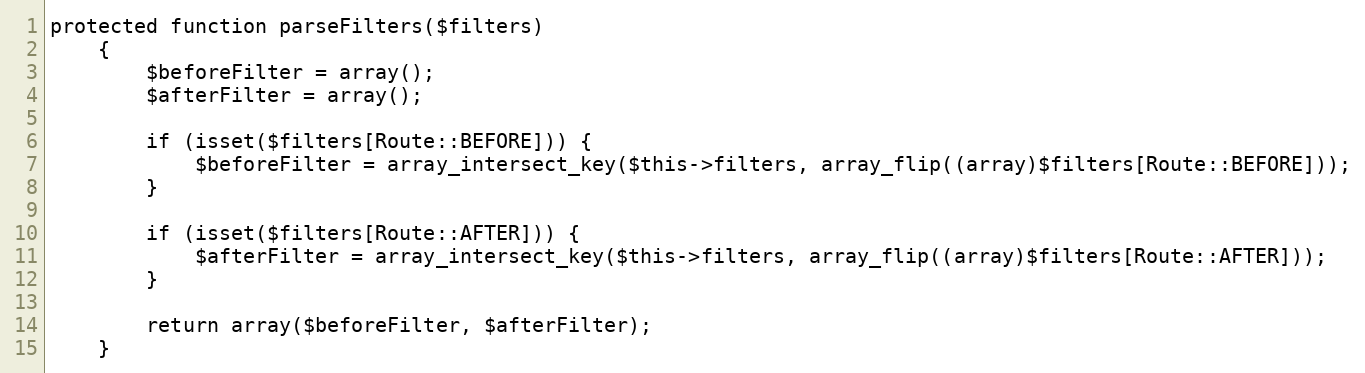
Language: PHP
protected function parseFilters($filters)
    {
        $beforeFilter = array();
        $afterFilter = array();

        if (isset($filters[Route::BEFORE])) {
            $beforeFilter = array_intersect_key($this->filters, array_flip((array)$filters[Route::BEFORE]));
        }

        if (isset($filters[Route::AFTER])) {
            $afterFilter = array_intersect_key($this->filters, array_flip((array)$filters[Route::AFTER]));
        }

        return array($beforeFilter, $afterFilter);
    }